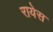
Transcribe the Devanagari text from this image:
रायेस